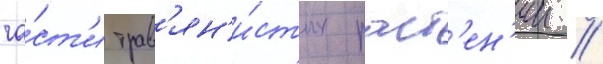
ча́ст'и трав'ян'и́стых раст'ен'ии /